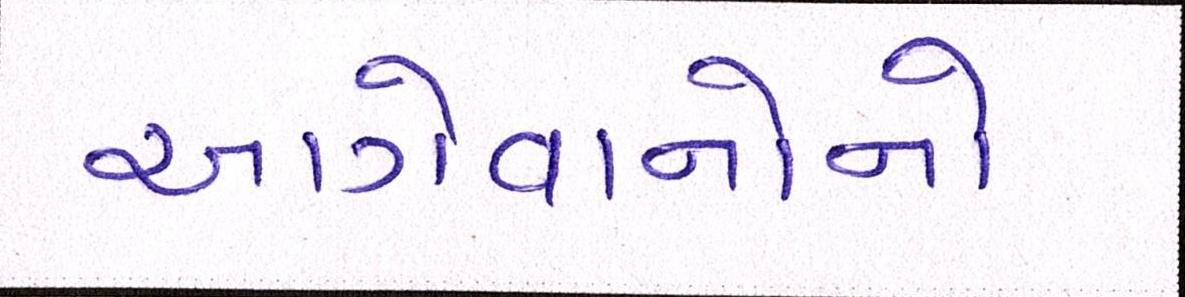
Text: આગેવાનોનો